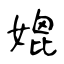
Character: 媲